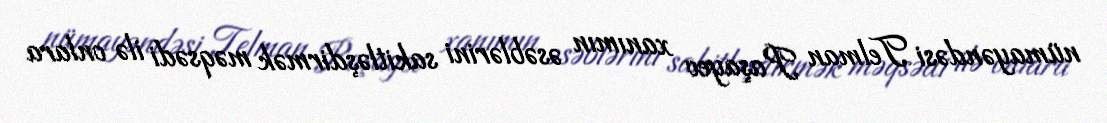
nümayəndəsi Telman Paşayev xanımın əsəblərini sakitləşdirmək məqsədi ilə onlara